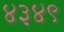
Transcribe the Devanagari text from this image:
४३४९